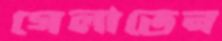
গেলাতেন